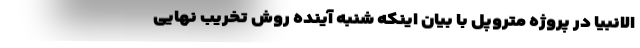
الانبیا در پروژه متروپل با بیان اینکه شنبه آینده روش تخریب نهایی